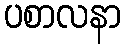
ပစာလနာ